Insane asylums Bombay 1873-77 - 1873-1877
Year: 1873
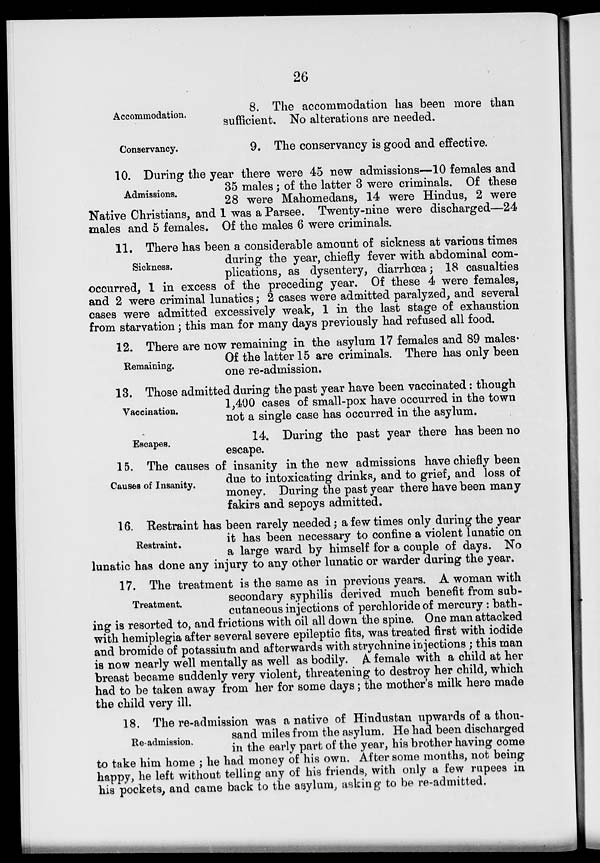
26
Accommodation,
8. The accommodation has been more than
sufficient. No alterations are needed.
Conservancy.
9. The conservancy is good and effective.
Admissions.
10. During the year there were 45 new admissions—10 females and
35 males; of the latter 3 were criminals. Of these
28 were Mahomedans, 14 were Hindus, 2 were
Native Christians, and 1 was a Parsee. Twenty-nine were discharged—24
males and 5 females. Of the males 6 were criminals.
Sickness.
11. There has been a considerable amount of sickness at various times
during the year, chiefly fever with abdominal com-
plications, as dysentery, diarrhœa; 18 casualties
occurred, 1 in excess of the preceding year. Of these 4 were females,
and 2 were criminal lunatics; 2 cases were admitted paralyzed, and several
cases were admitted excessively weak, 1 in the last stage of exhaustion
from starvation; this man for many days previously had refused all food.
Remaining.
12. There are now remaining in the asylum 17 females and 89 males.
Of the latter 15 are criminals. There has only been
one re-admission.
Vaccination.
13. Those admitted during the past year have been vaccinated: though
1,400 cases of small-pox have occurred in the town
not a single case has occurred in the asylum.
Escapes.
14. During the past year there has been no
escape.
Causes of Insanity.
15. The causes of insanity in the new admissions have chiefly been
due to intoxicating drinks, and to grief, and loss of
money. During the past year there have been many
fakirs and sepoys admitted.
Restraint.
16. Restraint has been rarely needed; a few times only during the year
it has been necessary to confine a violent lunatic on
a large ward by himself for a couple of days. No
lunatic has done any injury to any other lunatic or warder during the year.
Treatment.
17. The treatment is the same as in previous years. A woman with
secondary syphilis derived much benefit from sub-
cutaneous injections of perchloride of mercury: bath-
ing is resorted to, and frictions with oil all down the spine. One man attacked
with hemiplegia after several severe epileptic fits, was treated first with iodide
and bromide of potassium and afterwards with strychnine injections ; this man
is now nearly well mentally as well as bodily. A female with a child at her
breast became suddenly very violent, threatening to destroy her child, which
had to be taken away from her for some days; the mother's milk here made
the child very ill.
Re-admission.
18. There-admission was a native of Hindustan upwards of a thou-
sand miles from the asylum. He had been discharged
in the early part of the year, his brother having come
to take him home ; he had money of his own. After some months, not being
happy, he left without telling any of his friends, with only a few rupees in
his pockets, and came back to the asylum, asking to be re-admitted.